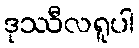
ဒုဿီလရူပါ